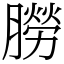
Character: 朥